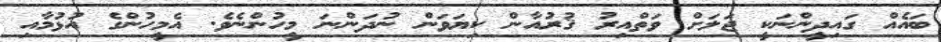
ބައެއް ގައިދީންނަކީ ޖަލަށް ވަތްއިރު ޤުރުއާން ކިޔަވަން ނުދަންނަ މީހުންނެވެ. އެމީހުންގެ އުޅުމާއި